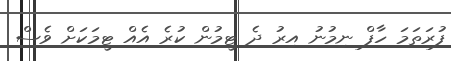
ފުރަތަމަ ހާފް ނިމުނު އިރު ދެ ޓީމުން ކުރެ އެއް ޓީމަކަށް ވެސް